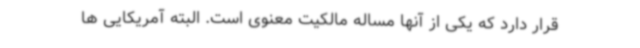
قرار دارد که یکی از آنها مساله مالکیت معنوی است. البته آمریکایی ها